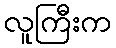
လူကြီးက